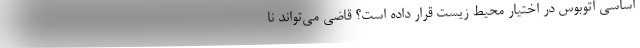
اساسی اتوبوس در اختیار محیط زیست قرار داده‌ است؟ قاضی می‌تواند نا